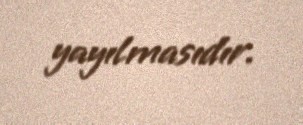
yayılmasıdır.